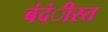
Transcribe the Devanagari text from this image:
बंदंीस्त